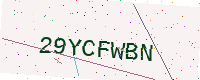
Text: 29YCFWBN